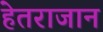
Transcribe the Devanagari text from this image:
हेतराजान